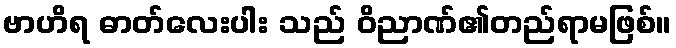
ဗာဟိရ ဓာတ်လေးပါး သည် ဝိညာဏ်၏တည်ရာမဖြစ်။